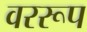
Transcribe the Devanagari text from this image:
वररूप